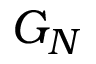
G _ { N }